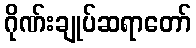
ဂိုဏ်းချုပ်ဆရာတော်